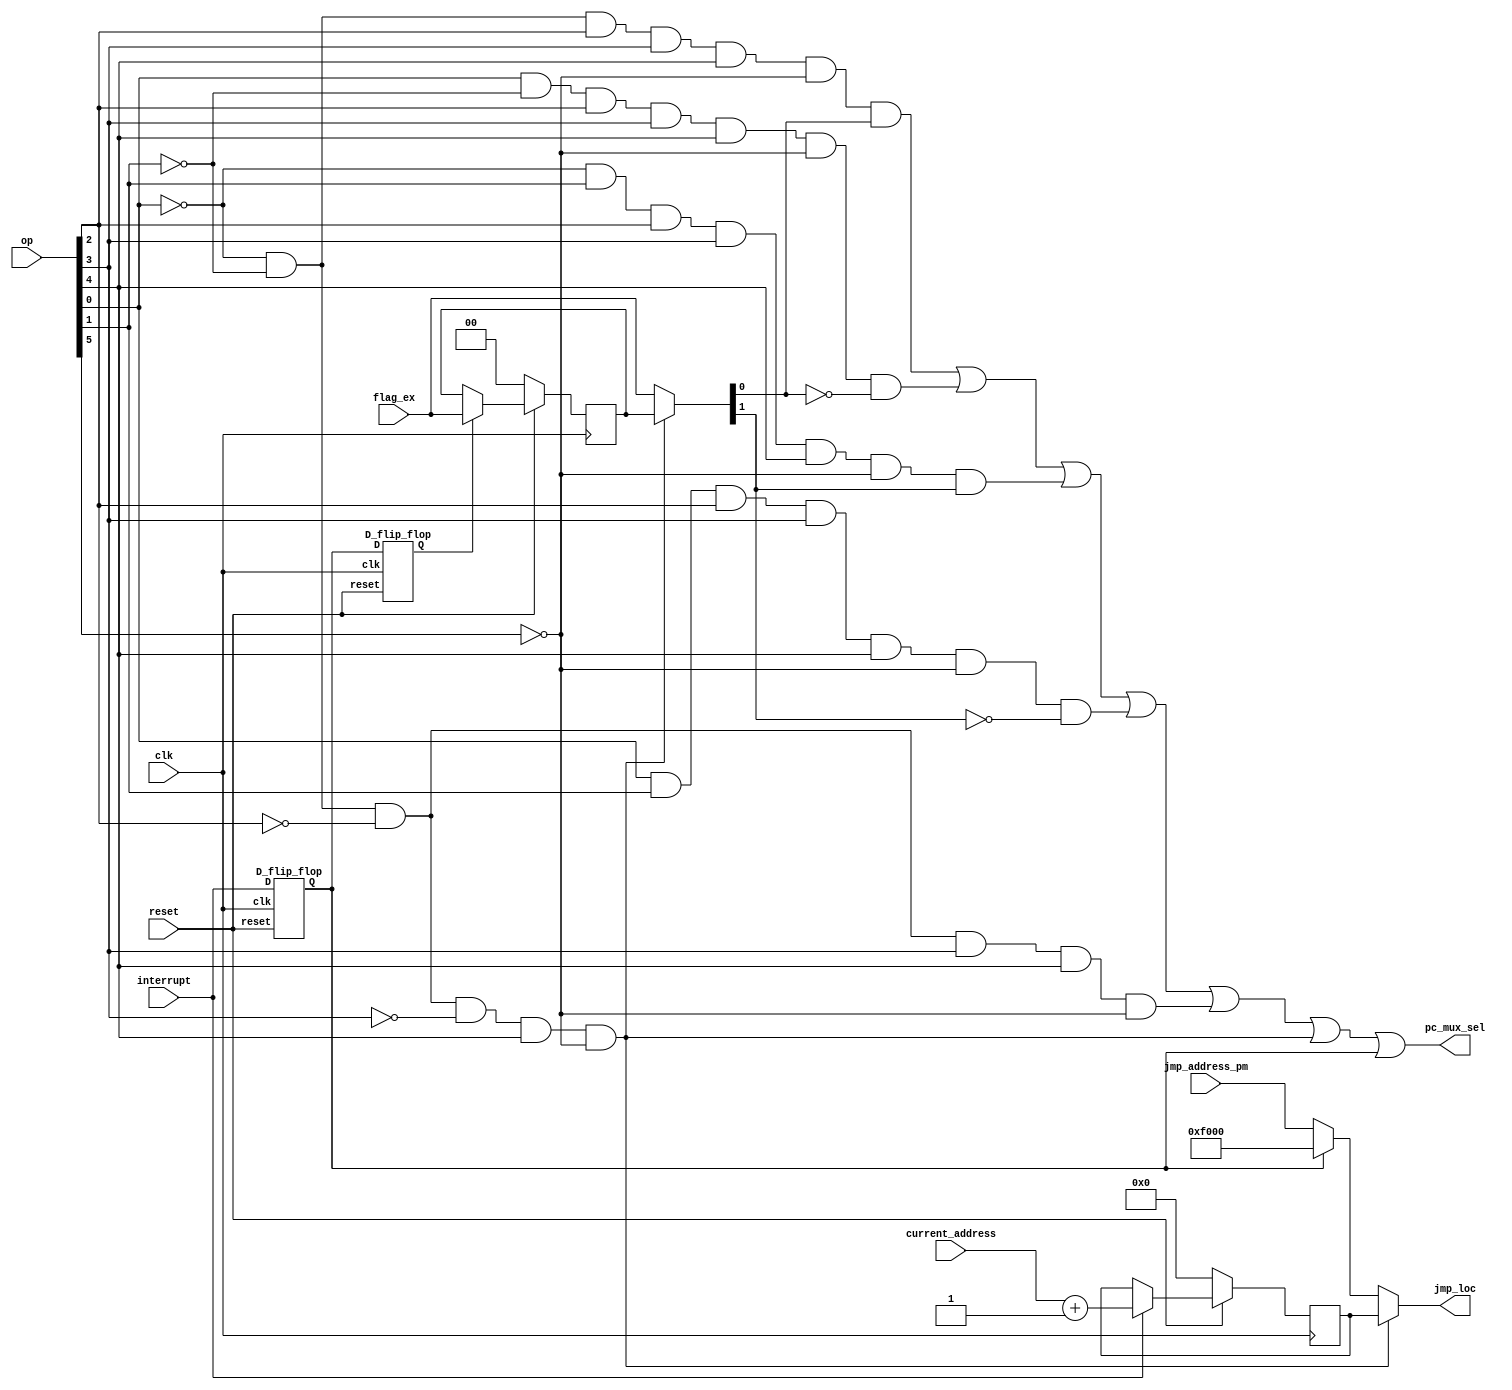
`timescale 1ns / 1ps
//////////////////////////////////////////////////////////////////////////////////
// Company: 
// Engineer: 
// 
// Design Name: 
// Module Name:    Jump_Control_Block 
// Project Name: 
// Target Devices: 
// Tool versions: 
// Description: 
//
// Dependencies: 
//
// Revision: 
// Revision 0.01 - File Created
// Additional Comments: 
//
//////////////////////////////////////////////////////////////////////////////////
module Jump_Control_Block(
    input [15:0] jmp_address_pm,
    input [15:0] current_address,
    input [5:0] op,
    input [1:0] flag_ex,
    input interrupt,
    input clk,
    input reset,
    output [15:0] jmp_loc,
    output pc_mux_sel
    );
	 
	 wire JV, JNV, JZ, JNZ, JMP, RET;
	 
	 assign JV = (~op[0] & ~op[1] & op[2] & op[3] & op[4] & ~op[5]);
	 assign JNV = (op[0] & ~op[1] & op[2] & op[3] & op[4] & ~op[5]);
	 assign JZ = (~op[0] & op[1] & op[2] & op[3] & op[4] & ~op[5]);
	 assign JNZ = (op[0] & op[1] & op[2] & op[3] & op[4] & ~op[5]);
	 assign JMP = (~op[0] & ~op[1] & ~op[2] & op[3] & op[4] & ~op[5]);
	 assign RET = (~op[0] & ~op[1] & ~op[2] & ~op[3] & op[4] & ~op[5]);
	 
	 wire ff_out2, ff_out1;
	 wire [1:0]mux_flag_ex1 ;
	 wire [1:0]mux_flag_ex2;
	 wire [1:0]flag_ex_reg;
	 reg [1:0]fex_reg_temp;
	 //wire [1:0]fex_reg_tempin;
	 wire and1, and2, and3, and4;
	 //wire [15:0]cout;
	 wire [15:0]jmp_mux;
	 wire [15:0]ca_mux1;
    wire [15:0]ca_mux2; 
	 reg [15:0]ca_reg_temp;
	 //wire [15:0]ca_reg_tempin;
	 reg [15:0]ca_reg;
	 
	 
	 D_flip_flop D1(interrupt, clk, ff_out1, reset);
	 D_flip_flop D2(ff_out1, clk, ff_out2, reset);
	 
	 assign jmp_mux = (ff_out1==1'b1) ? 16'hF000 : jmp_address_pm;
	 assign ca_mux1 = (interrupt==1'b1) ? (current_address + 1'b1 ): ca_reg_temp;
	 //assign ca_reg = ca_mux1;)
	 assign ca_mux2 = (RET==1) ? ca_reg_temp : jmp_mux;
	 assign jmp_loc = ca_mux2;
	
	 
	 assign mux_flag_ex1 = (ff_out2 == 1'b1) ? flag_ex : fex_reg_temp ;
	 //assign flag_ex_reg = mux_flag_ex1;
	 assign mux_flag_ex2 = (RET == 1'b1) ? fex_reg_temp : flag_ex ;
	 
	 
	 assign and1 = (JV & mux_flag_ex2[0]);
	 assign and2 = (JNV & ~mux_flag_ex2[0]);
	 assign and3 = (JZ & mux_flag_ex2[1]);
	 assign and4 = (JNZ & ~mux_flag_ex2[1]);
	 
	 assign pc_mux_sel = ( and1 | and2 | and3 | and4 | JMP | RET | ff_out1 );
	 
	 
	 
	 always@(posedge clk)
	 begin
	 
	  if(reset)
		begin
		fex_reg_temp <= mux_flag_ex1;
		ca_reg_temp <= ca_mux1;
	   end
	  else
	   begin
		fex_reg_temp <= 0;
		ca_reg_temp <= 0;
		end
		
	 end
	 
	 
	 
endmodule

module D_flip_flop(
	input D ,
	input clk,
	output reg Q ,
	input reset
	);

	always@(posedge clk)
	begin
	if(reset)
	begin
	Q <= D ;
	end
	else
	begin
	Q <= 0;
	end
	end
	
endmodule